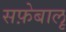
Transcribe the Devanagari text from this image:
सफ़ेबालू